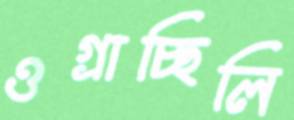
ওগ্‌রাচ্ছিলি